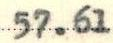
57.61